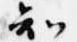
知